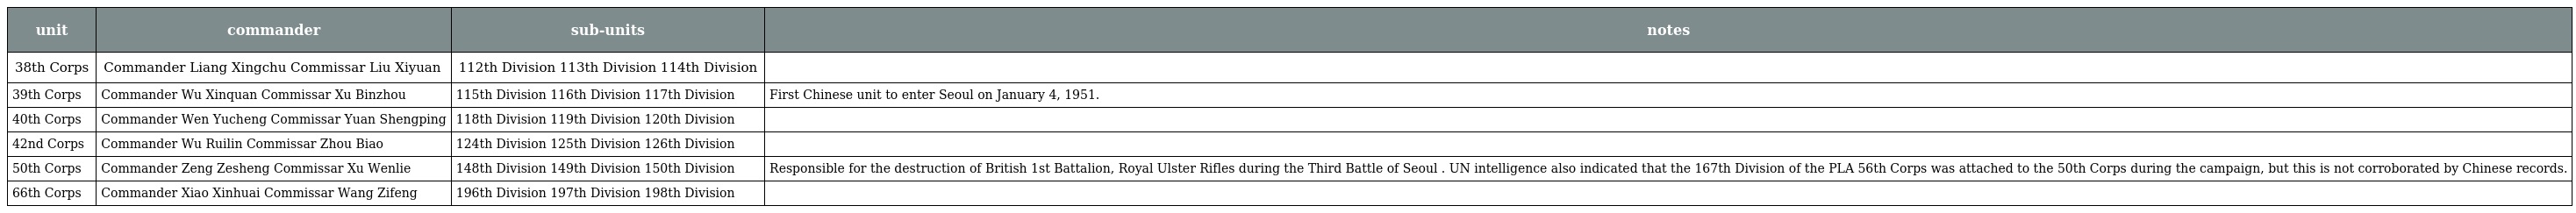
| unit | commander | sub-units | notes |
 | --- | --- | --- | --- |
 | 38th Corps | Commander Liang Xingchu Commissar Liu Xiyuan | 112th Division 113th Division 114th Division |  |
 | 39th Corps | Commander Wu Xinquan Commissar Xu Binzhou | 115th Division 116th Division 117th Division | First Chinese unit to enter Seoul on January 4, 1951. |
 | 40th Corps | Commander Wen Yucheng Commissar Yuan Shengping | 118th Division 119th Division 120th Division |  |
 | 42nd Corps | Commander Wu Ruilin Commissar Zhou Biao | 124th Division 125th Division 126th Division |  |
 | 50th Corps | Commander Zeng Zesheng Commissar Xu Wenlie | 148th Division 149th Division 150th Division | Responsible for the destruction of British 1st Battalion, Royal Ulster Rifles during the Third Battle of Seoul . UN intelligence also indicated that the 167th Division of the PLA 56th Corps was attached to the 50th Corps during the campaign, but this is not corroborated by Chinese records. |
 | 66th Corps | Commander Xiao Xinhuai Commissar Wang Zifeng | 196th Division 197th Division 198th Division |  |